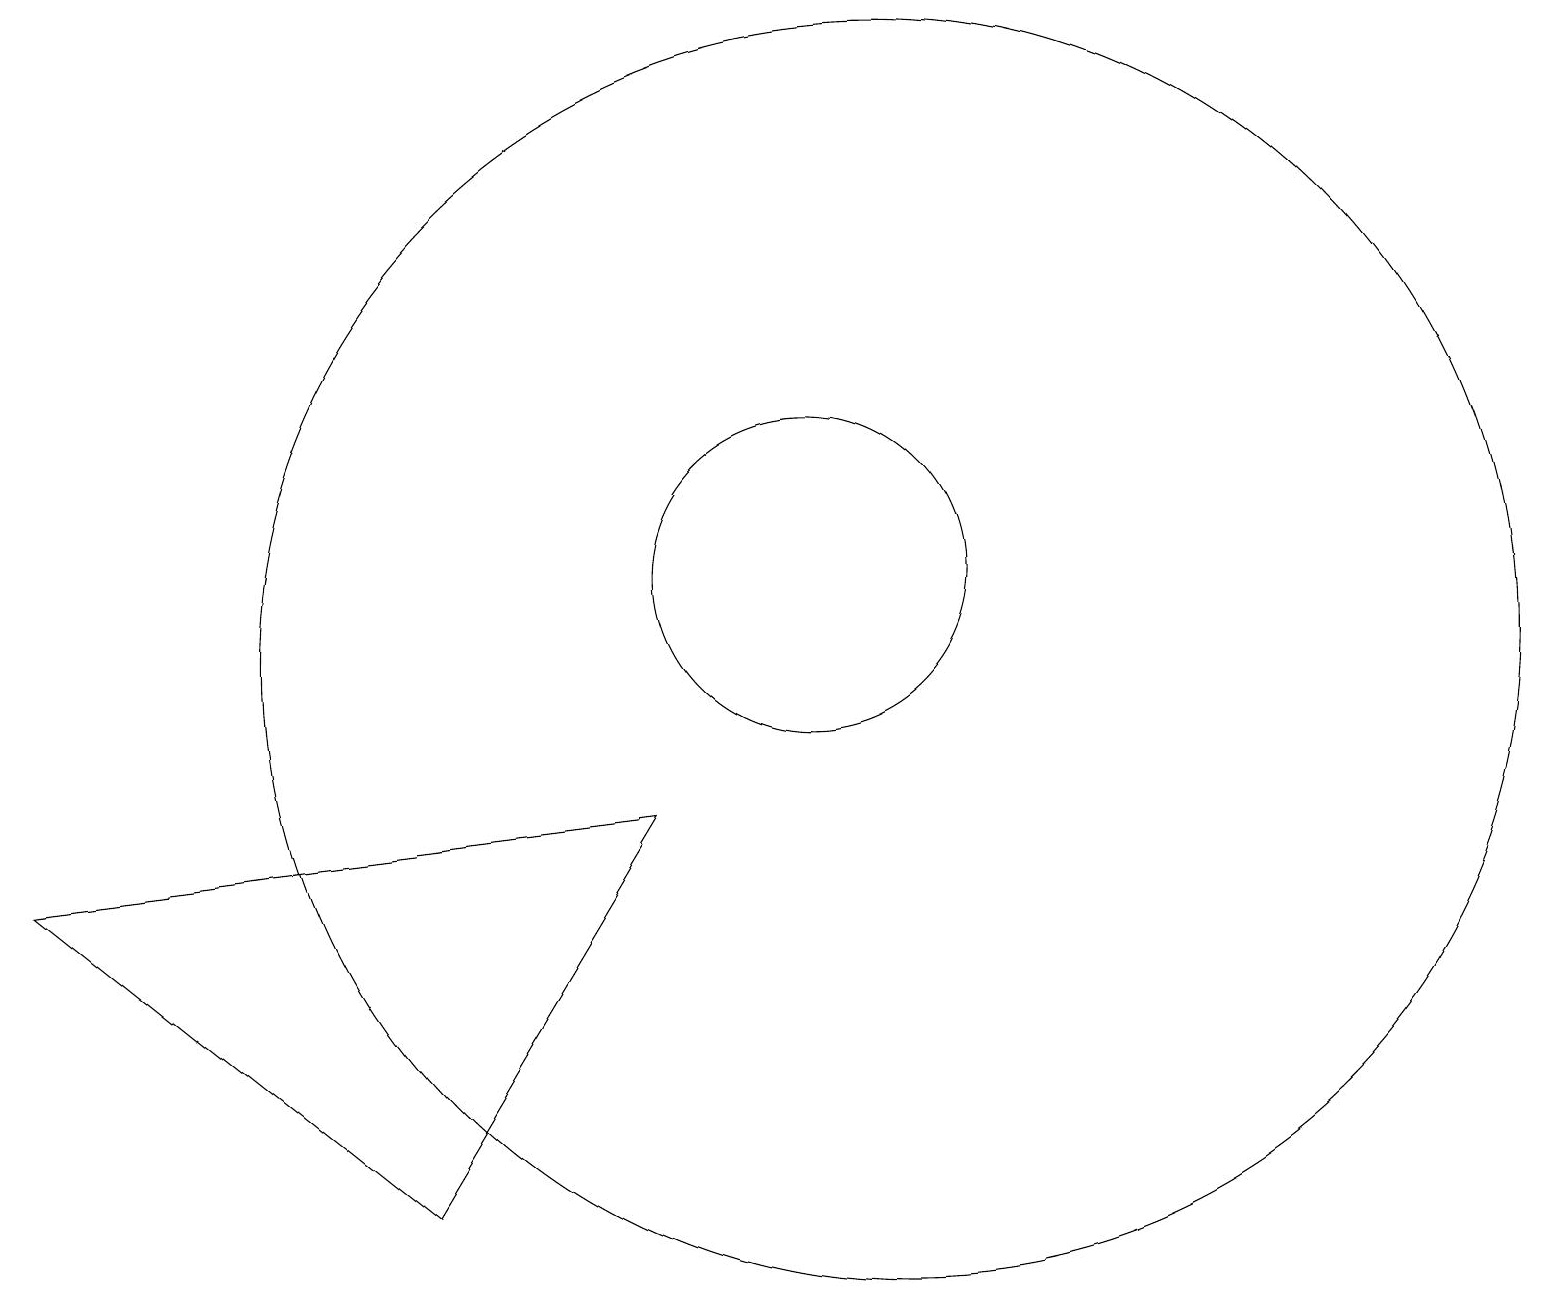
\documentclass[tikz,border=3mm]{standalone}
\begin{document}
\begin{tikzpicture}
\draw (10,11) circle (2);
\draw (11,10) circle (8);
\draw (0,7) -- (8,8) -- (5,3) -- cycle;
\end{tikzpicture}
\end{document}